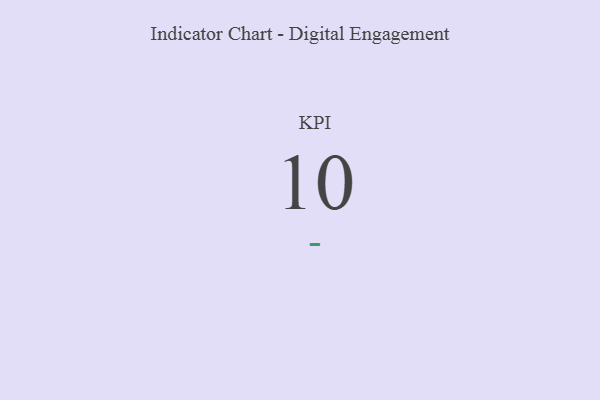
{"axis": {"x": "KPI", "y": "Value"}, "legend": [""], "data": [{"x": "KPI", "y": 10, "type": ""}]}